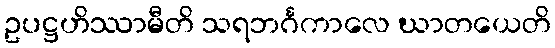
ဥပဋ္ဌဟိဿာမီတိ သရဘင်္ဂကာလေ ဃာတယေတိ